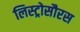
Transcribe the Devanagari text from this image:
लिस्ट्रोसौरस